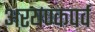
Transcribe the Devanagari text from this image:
अरयण्कपर्व